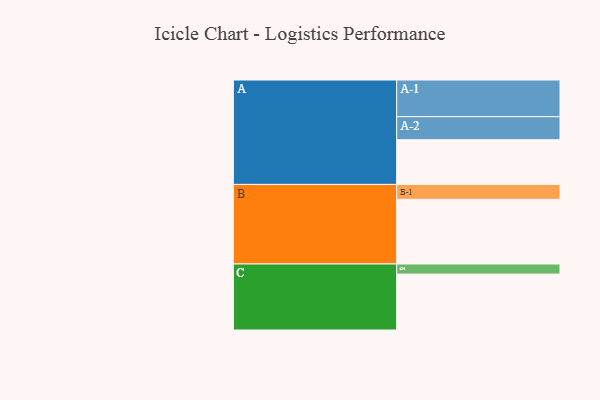
{"axis": {"x": "Segment", "y": "Value"}, "legend": ["", "A", "B", "C"], "data": [{"x": "A", "y": 363, "type": ""}, {"x": "B", "y": 525, "type": ""}, {"x": "C", "y": 454, "type": ""}, {"x": "A-1", "y": 298, "type": "A"}, {"x": "A-2", "y": 187, "type": "A"}, {"x": "B-1", "y": 121, "type": "B"}, {"x": "C-1", "y": 82, "type": "C"}]}